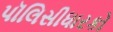
પૉલિસીધારકો